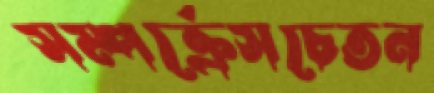
সম্পর্ক্রেসচেতন